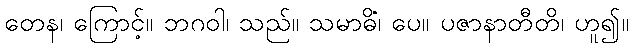
တေန၊ ကြောင့်။ ဘဂဝါ၊ သည်။ သမာဓိံ၊ ပေ။ ပဇာနာတီတိ၊ ဟူ၍။